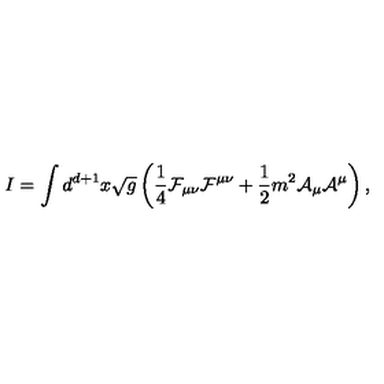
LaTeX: I = \int d ^ { d + 1 } x \sqrt g \left( { \frac { 1 } { 4 } } { \cal F } _ { \mu \nu } { \cal F } ^ { \mu \nu } + { \frac { 1 } { 2 } } m ^ { 2 } { \cal A } _ { \mu } { \cal A } ^ { \mu } \right) ,